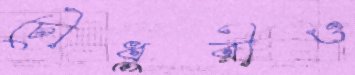
চৌধুরীও